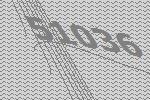
51036